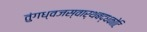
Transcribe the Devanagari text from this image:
तुंगध्वजस्वार्थबद्धकोटि